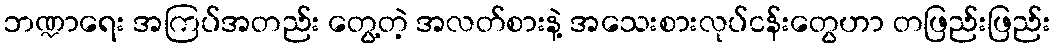
ဘဏ္ဍာရေး အကြပ်အတည်း တွေ့တဲ့ အလတ်စားနဲ့ အသေးစားလုပ်ငန်းတွေဟာ တဖြည်းဖြည်း